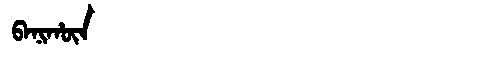
Manchu: ᠪᠠᠨᡳᡥᡡᠨ
Romanization: BANIHŪN